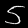
Label: 5